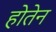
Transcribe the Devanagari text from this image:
होतेन